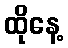
ထိုနေ့